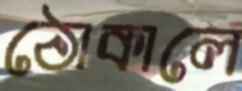
ঠোকালে